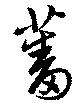
蕃